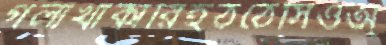
গলাখাঁকারিহঠঠেসিওঅ্